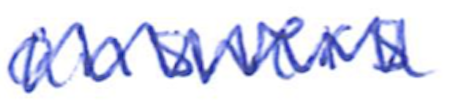
Text: answers
Cross-out: zig-zag
Writing tool: ballpoint